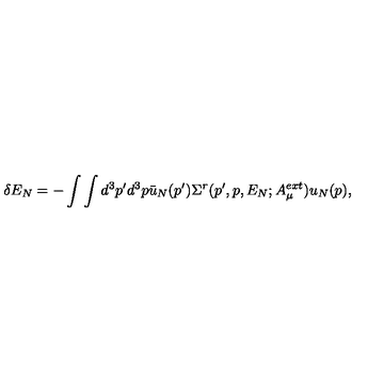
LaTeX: \delta E _ { N } = - \int \int d ^ { 3 } p ^ { \prime } d ^ { 3 } p \bar { u } _ { N } ( p ^ { \prime } ) \Sigma ^ { r } ( p ^ { \prime } , p , E _ { N } ; A _ { \mu } ^ { e x t } ) u _ { N } ( p ) ,